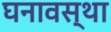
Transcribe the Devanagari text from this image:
घनावस्था